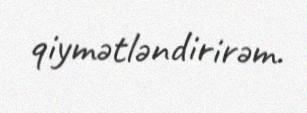
qiymətləndirirəm.